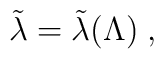
\tilde\lambda=\tilde\lambda(\Lambda)  \;,